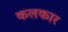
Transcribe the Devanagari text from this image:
कलकार